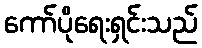
ကော်ပိုရေးရှင်းသည်